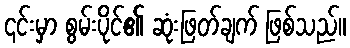
၎င်းမှာ စွမ်းပိုင်၏ ဆုံးဖြတ်ချက် ဖြစ်သည်။